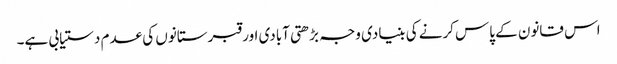
اس قانون کے پاس کرنے کی بنیادی وجہ بڑھتی آبادی اور قبرستانوں کی عدم دستیابی ہے۔